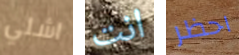
اشلي انت احظر